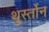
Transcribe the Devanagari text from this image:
थुर्स्तोन